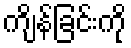
ကျိန်ခြင်းကို